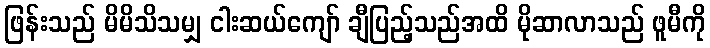
ဖြန်းသည် မိမိသိသမျှ ငါးဆယ်ကျော် ချီပြည့်သည်အထိ မိုဆာလာသည် ဖူမီကို